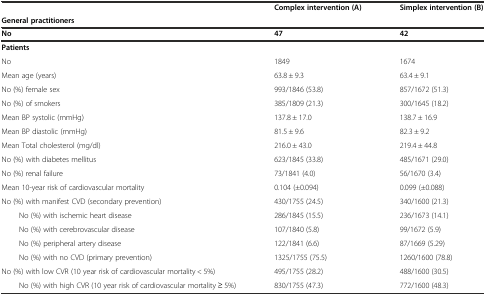
<table><thead><tr><td></td><td><b>Complex intervention (A)</b></td><td><b>Simplex intervention (B)</b></td></tr><tr><td colspan="3"><b>General practitioners</b></td></tr><tr><td><b>No</b></td><td><b>47</b></td><td><b>42</b></td></tr></thead><tbody><tr><td colspan="3"><b>Patients</b></td></tr><tr><td>No</td><td>1849</td><td>1674</td></tr><tr><td>Mean age (years)</td><td>63.8 ± 9.3</td><td>63.4 ± 9.1</td></tr><tr><td>No (%) female sex</td><td>993/1846 (53.8)</td><td>857/1672 (51.3)</td></tr><tr><td>No (%) of smokers</td><td>385/1809 (21.3)</td><td>300/1645 (18.2)</td></tr><tr><td>Mean BP systolic (mmHg)</td><td>137.8 ± 17.0</td><td>138.7 ± 16.9</td></tr><tr><td>Mean BP diastolic (mmHg)</td><td>81.5 ± 9.6</td><td>82.3 ± 9.2</td></tr><tr><td>Mean Total cholesterol (mg/dl)</td><td>216.0 ± 43.0</td><td>219.4 ± 44.8</td></tr><tr><td>No (%) with diabetes mellitus</td><td>623/1845 (33.8)</td><td>485/1671 (29.0)</td></tr><tr><td>No (%) renal failure</td><td>73/1841 (4.0)</td><td>56/1670 (3.4)</td></tr><tr><td>Mean 10-year risk of cardiovascular mortality</td><td>0.104 (±0.094)</td><td>0.099 (±0.088)</td></tr><tr><td>No (%) with manifest CVD (secondary prevention)</td><td>430/1755 (24.5)</td><td>340/1600 (21.3)</td></tr><tr><td>No (%) with ischemic heart disease</td><td>286/1845 (15.5)</td><td>236/1673 (14.1)</td></tr><tr><td>No (%) with cerebrovascular disease</td><td>107/1840 (5.8)</td><td>99/1672 (5.9)</td></tr><tr><td>No (%) peripheral artery disease</td><td>122/1841 (6.6)</td><td>87/1669 (5.29)</td></tr><tr><td>No (%) with no CVD (primary prevention)</td><td>1325/1755 (75.5)</td><td>1260/1600 (78.8)</td></tr><tr><td>No (%) with low CVR (10 year risk of cardiovascular mortality &lt; 5%)</td><td>495/1755 (28.2)</td><td>488/1600 (30.5)</td></tr><tr><td>No (%) with high CVR (10 year risk of cardiovascular mortality ≥ 5%)</td><td>830/1755 (47.3)</td><td>772/1600 (48.3)</td></tr></tbody></table>